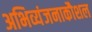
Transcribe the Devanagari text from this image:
अभिव्यंजनाकौशल